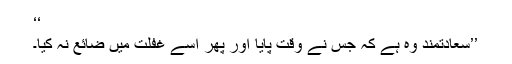
‘‘
’’سعادتمند وہ ہے کہ جس نے وقت پایا اور پھر اُسے غفلت میں ضائع نہ کیا۔